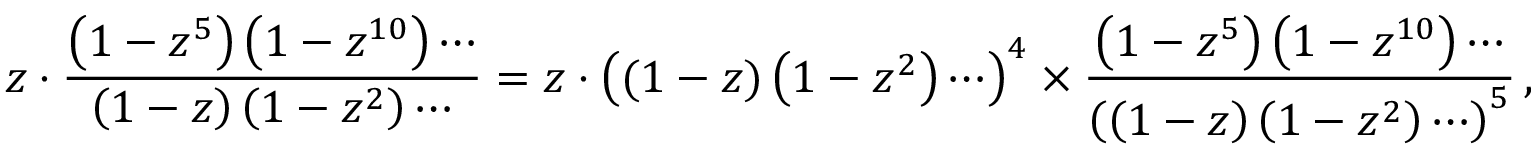
z \cdot { \frac { \left( 1 - z ^ { 5 } \right) \left( 1 - z ^ { 1 0 } \right) \cdots } { \left( 1 - z \right) \left( 1 - z ^ { 2 } \right) \cdots } } = z \cdot \left( ( 1 - z ) \left( 1 - z ^ { 2 } \right) \cdots \right) ^ { 4 } \times { \frac { \left( 1 - z ^ { 5 } \right) \left( 1 - z ^ { 1 0 } \right) \cdots } { \left( \left( 1 - z \right) \left( 1 - z ^ { 2 } \right) \cdots \right) ^ { 5 } } } \, ,